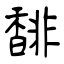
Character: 馡